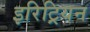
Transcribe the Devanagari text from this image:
इरिट्रियन